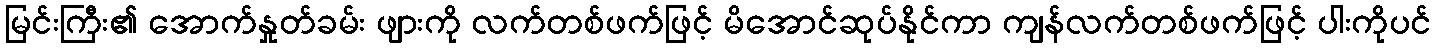
မြင်းကြီး၏ အောက်နှုတ်ခမ်း ဖျားကို လက်တစ်ဖက်ဖြင့် မိအောင်ဆုပ်နိုင်ကာ ကျန်လက်တစ်ဖက်ဖြင့် ပါးကိုပင်